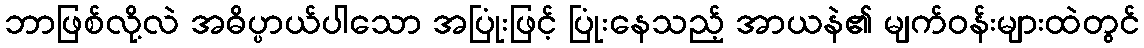
ဘာဖြစ်လို့လဲ အဓိပ္ပာယ်ပါသော အပြုံးဖြင့် ပြုံးနေသည့် အာယနဲ၏ မျက်ဝန်းများထဲတွင်